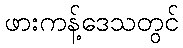
ဖားကန့်ဒေသတွင်